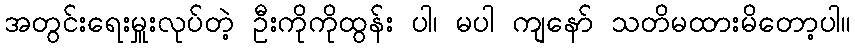
အတွင်းရေးမှူးလုပ်တဲ့ ဦးကိုကိုထွန်း ပါ၊ မပါ ကျနော် သတိမထားမိတော့ပါ။